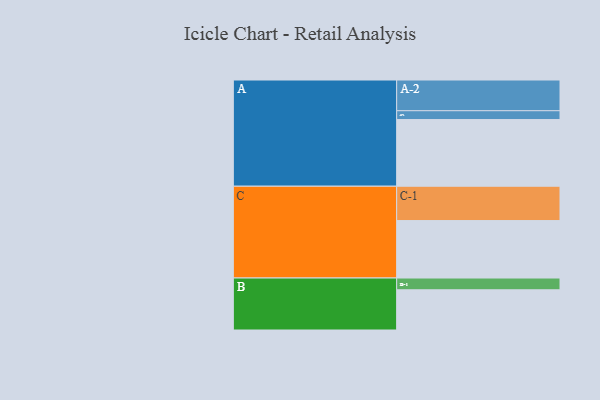
{"axis": {"x": "Segment", "y": "Value"}, "legend": ["", "A", "B", "C"], "data": [{"x": "A", "y": 499, "type": ""}, {"x": "B", "y": 301, "type": ""}, {"x": "C", "y": 430, "type": ""}, {"x": "A-1", "y": 66, "type": "A"}, {"x": "A-2", "y": 230, "type": "A"}, {"x": "B-1", "y": 88, "type": "B"}, {"x": "C-1", "y": 257, "type": "C"}]}